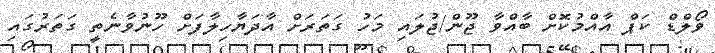
ވޯލްޑް ކަޕް އާއްމުކޮށް ބާއްވާ ޖޫން/ޖުލައި މަހު ގަތަރަށް އާދަޔާހިލާފަށް ހޫނުވާނެތީ ގަތަރުގައި